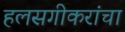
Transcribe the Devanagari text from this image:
हलसगीकरांचा